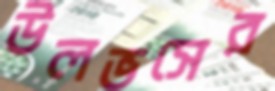
উলভসের